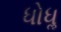
ધોધૢ